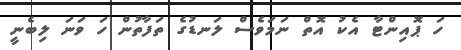
ހަ ޕޮއިންޓާ އެކު އޮތް ނަމަވެސް ލަނޑުގެ ތަފާތުން ހަ ވަނަ ލިބެނީ